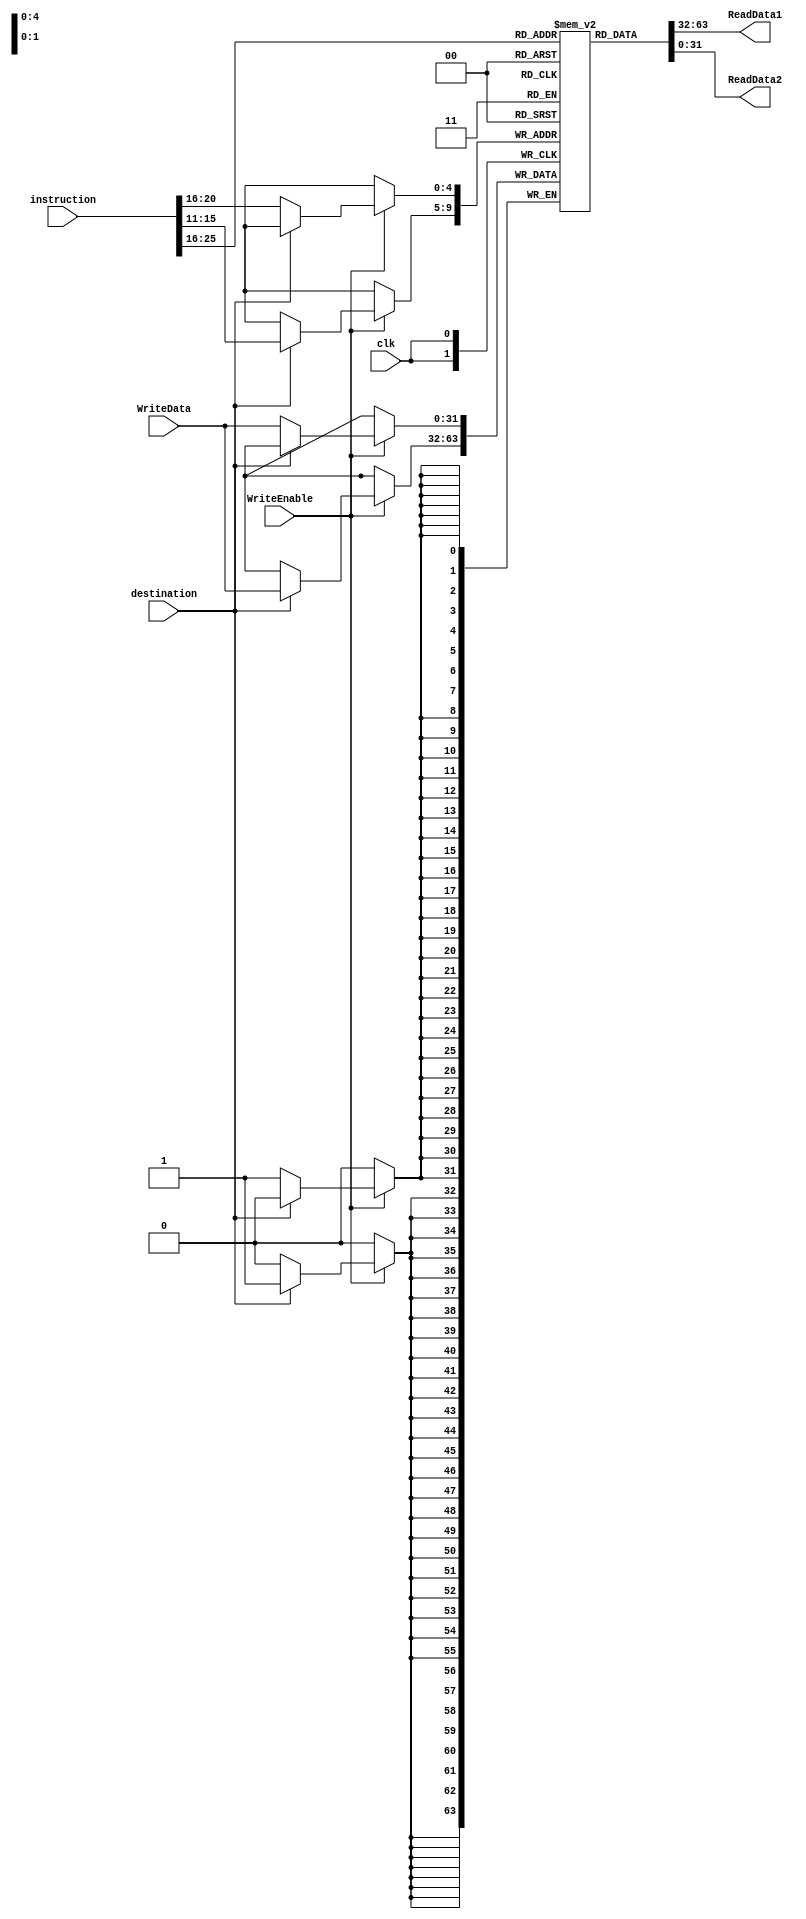
`timescale 1ns / 1ps

module Register (
    input clk,
    input [31:0] instruction, 
    input WriteEnable,
    input destination,
    input [31:0] WriteData,
    output [31:0] ReadData1,
    output [31:0] ReadData2
);
  wire [4:0] dest_for_imm,dest_for_reg;
  assign dest_for_imm = instruction[20:16];
  assign dest_for_reg = instruction[15:11];

  reg [31:0] RegData[31:0];
  integer i;

  initial begin
    for (i = 0; i < 32; i = i + 1) begin
      RegData[i] = 32'b0;
    end
  end
  
  assign ReadData1 = RegData[instruction[25:21]];
  assign ReadData2 = RegData[instruction[20:16]];

  always @(posedge clk) begin
    if (WriteEnable == 1'b1 ) begin
        if(destination==1'b0)RegData[dest_for_imm] = WriteData; //immediate
		    else RegData[dest_for_reg] = WriteData; //register
    end
  end

endmodule